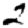
Digit: 2